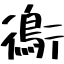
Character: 鵆